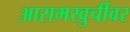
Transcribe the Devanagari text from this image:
आरामखुर्चीवर